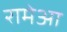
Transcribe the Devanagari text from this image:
रामेआ